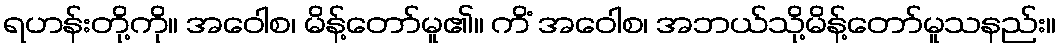
ရဟန်းတို့ကို။ အဝေါစ၊ မိန့်တော်မူ၏။ ကိံ အဝေါစ၊ အဘယ်သို့မိန့်တော်မူသနည်း။